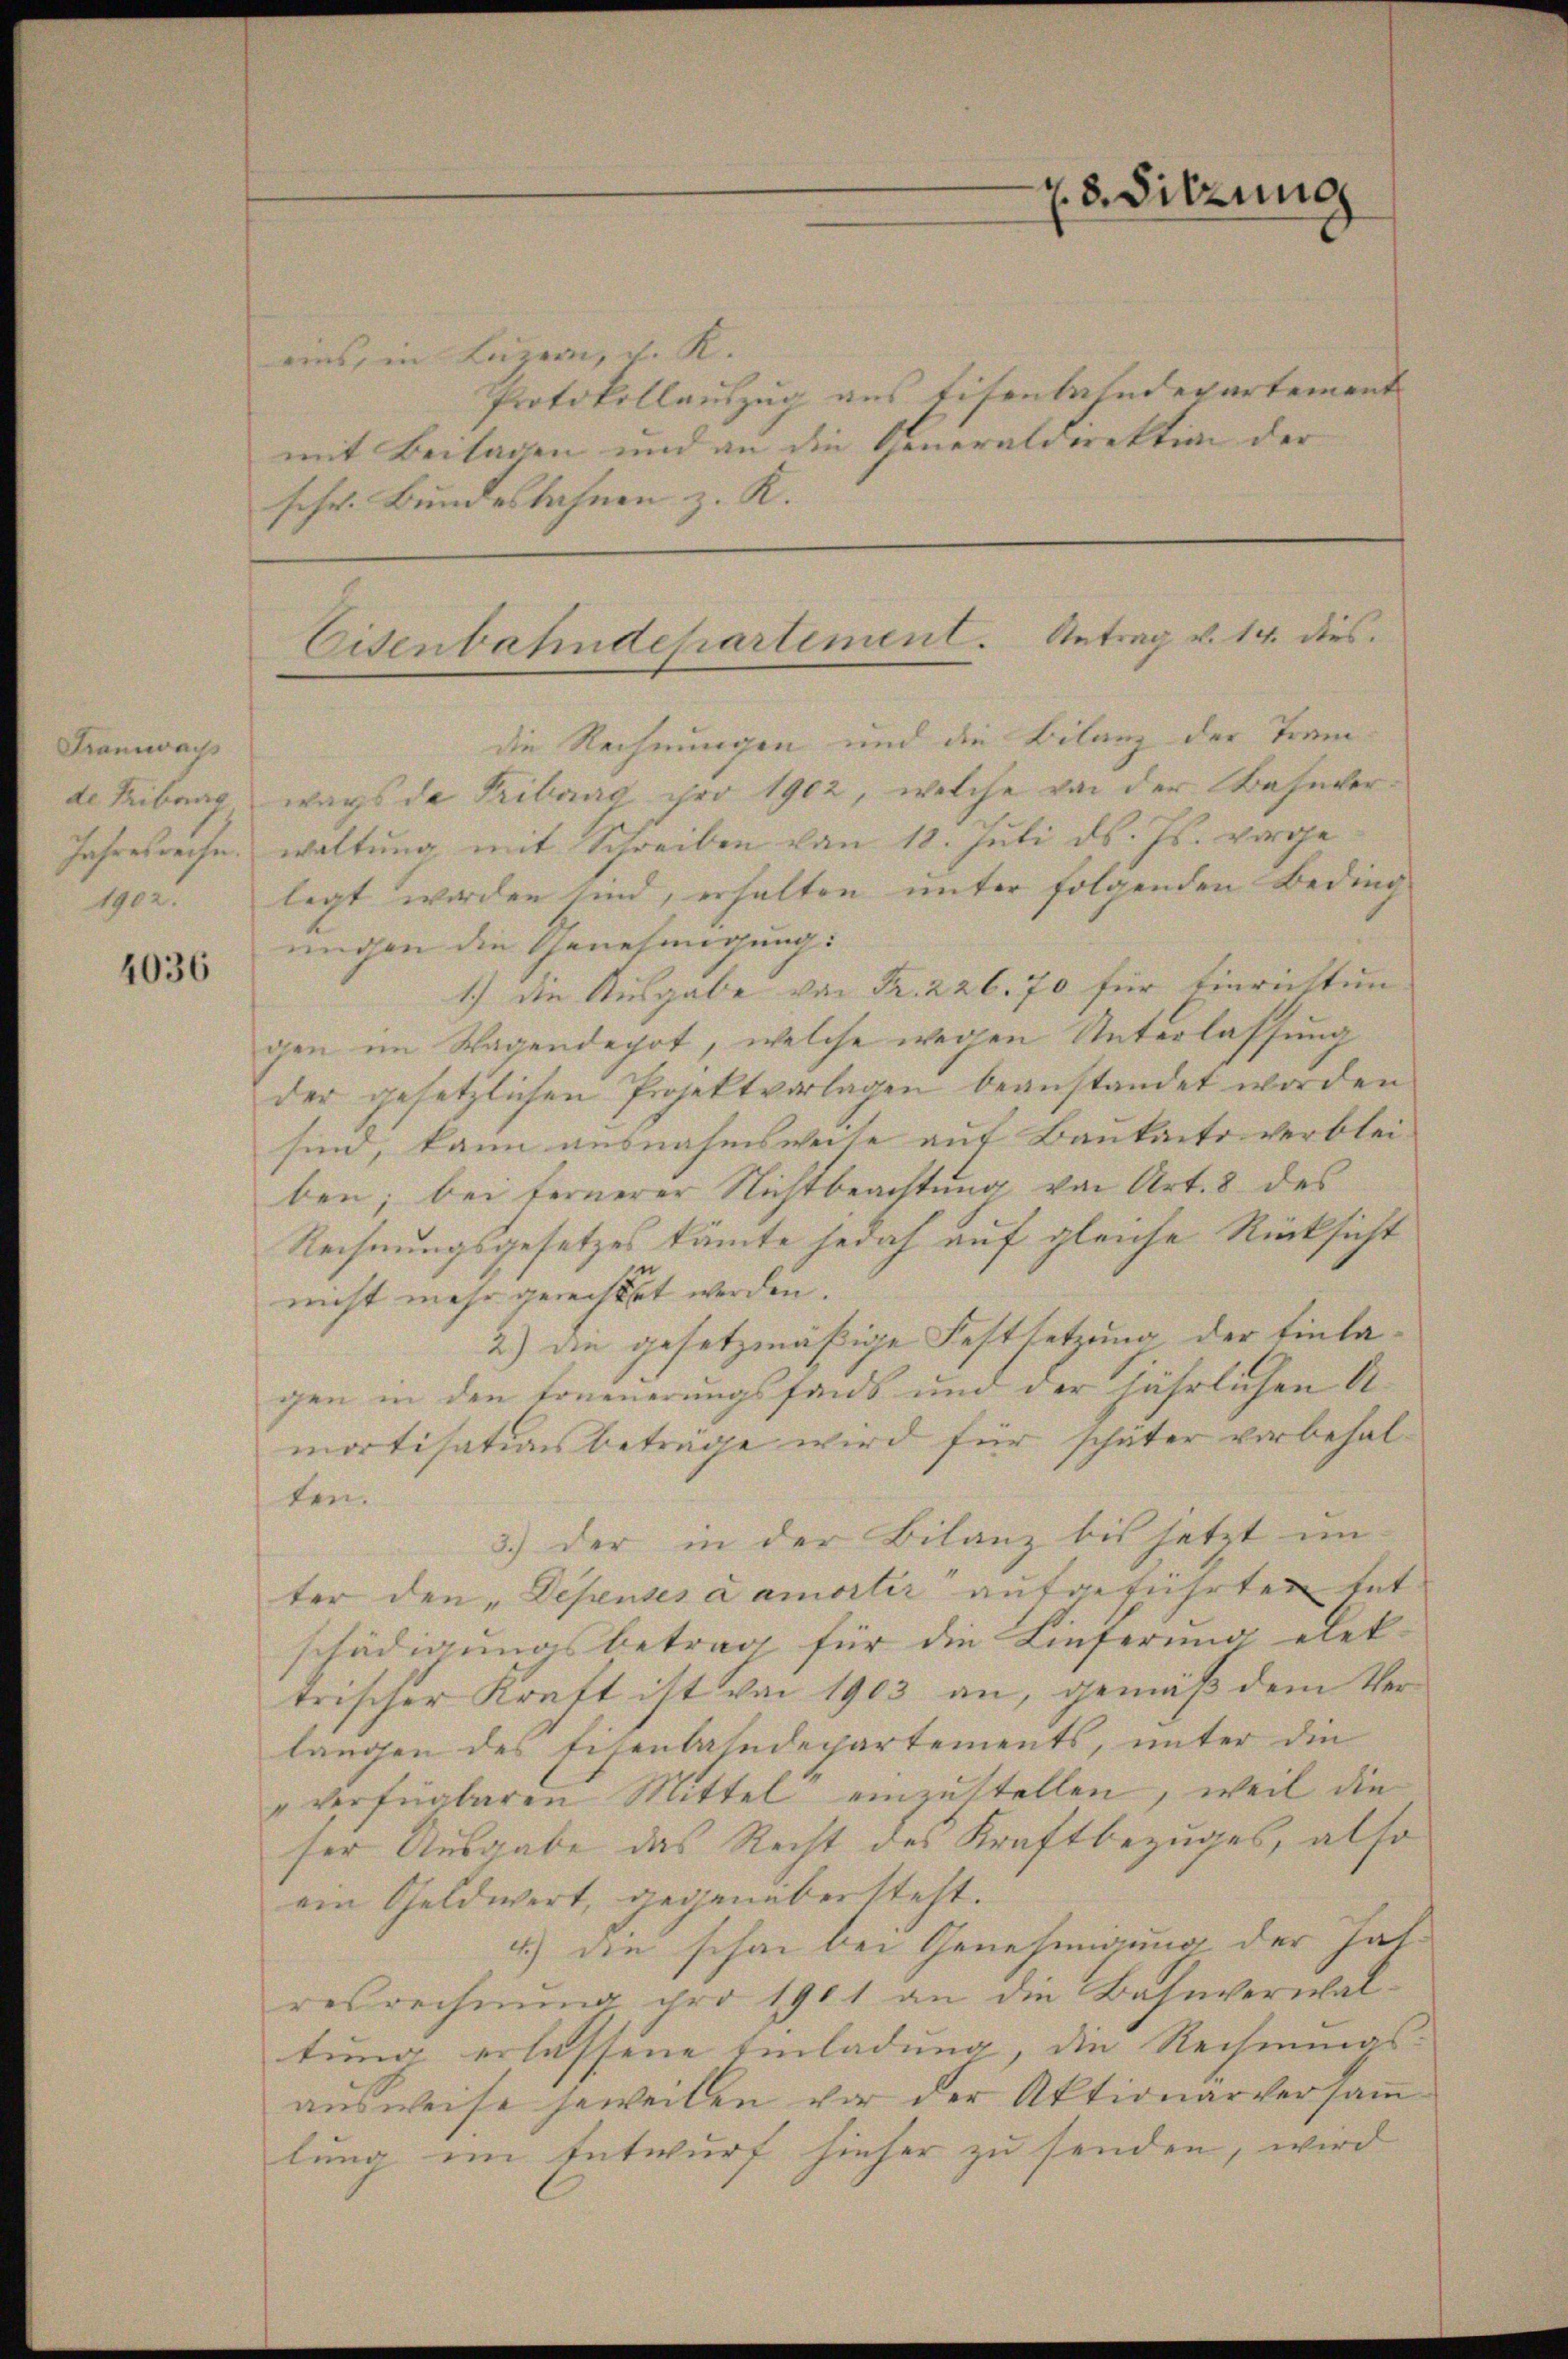
Framwachs
de Tribung
Jahresrechen.
1902.

4036

eins, in Luzern, v. K.
Protokollauszug aus Eisenbahndepartement
mit Beilagen und an die Generaldirektion der
schr. Bundesbahnen z. K.

Eisenbahndepartement. Antrag v. 14. dies

28. Sitzung

die Rechnungen und die Bilanz der Tramwags de Tribung pro 1902, welche von der Bahnverwaltung mit Schreiben von 18. Juli d. Js. vorge-
legt worden sind, erhalten unter folgenden Beding
ungen die Genehmigung:
1.) Die Ausgabe von Fr. 226. 70 für Einrichtun
gen im Wagendepot, welche wegen Unterlassung
der gesetzlichen Projektvorlagen beanstandet worden
sind, kann ausnahmsweise auf Baukanto verbleiben; bei fernerer Nichtbeachtung von Art. 8 des
Rechnungsgesetzes kämte jedoch auf gleiche Rücksicht
nicht mehr gerechtet werden.
2) die gesetzmäßige Festsetzung der Einlagen in den Toneuerungsfonds und der jährlichen Amortisationsbeträge wird für schäter vorbehalten.
3.) der in der Bilanz bis jetzt un-
ter den „Depensés a amortir aufgeführten tat-
schädigungsbetrag für die Lieferung elek-
trischer Kraft ist von 1903 an, gemäß dem Verlangen des Eisenbahndepartements, unter die
"verfügbaren Mittel einzustellen, weil die
ser Ausgabe das Recht des Kraftbezuges, also
ein Geldwert, gegenübersteht. |
4) die schon bei Genehmigung der hat-
resrechnung pro 1901 an die Bahnverwaltung erlassene Einladung, die Rechnungsausweise jeweilen vor der Aktionarversam
lung im Entwurf hieher zu senden, wird